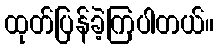
ထုတ်ပြန်ခဲ့ကြပါတယ်။